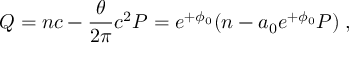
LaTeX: Q = n c - \frac { \theta } { 2 \pi } c ^ { 2 } P = e ^ { + \phi _ { 0 } } ( n - a _ { 0 } e ^ { + \phi _ { 0 } } P ) \; ,